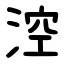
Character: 涳